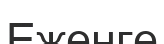
Еженге